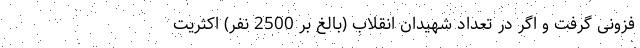
فزونی گرفت و اگر در تعداد شهیدان انقلاب (بالغ بر 2500 نفر) اکثریت